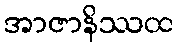
အာဇာနိဿထ